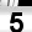
Digit: 5